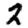
Digit: 2